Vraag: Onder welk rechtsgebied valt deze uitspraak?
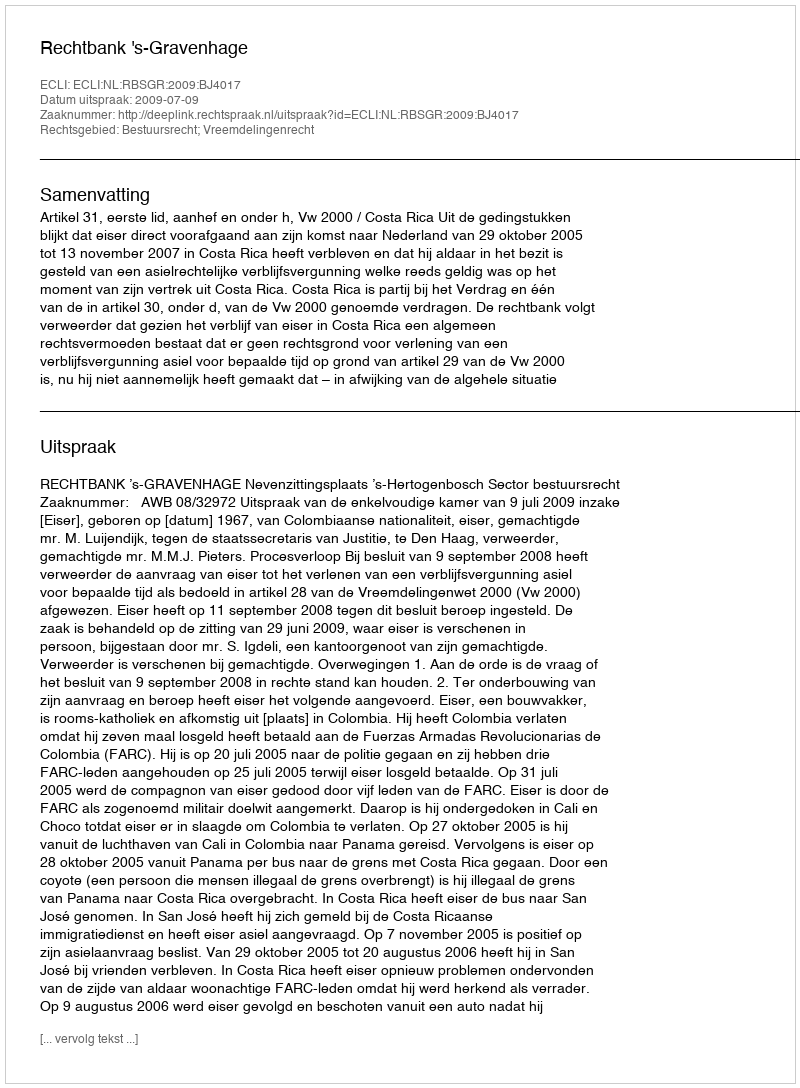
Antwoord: Bestuursrecht; Vreemdelingenrecht